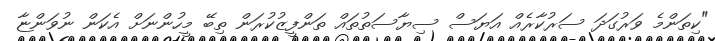
"ކިތަންމެ ވަރުގަދަ ސަރުކާރެއް އަޔަސް ސިޔާސަތުތައް ތަންފީޒުކުރަން ތިބޭ މީހުންނަށް އެކަން ނުވަންޏާ